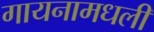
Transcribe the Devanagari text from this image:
गायनामधली